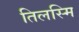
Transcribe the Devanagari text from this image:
तिलस्मि